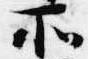
所